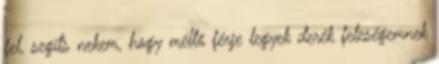
fel, segíts nekem, hogy méltó férje legyek derék feleségemnek